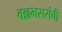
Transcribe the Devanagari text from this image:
वल्लभसरांची